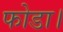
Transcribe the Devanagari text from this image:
फोडा।